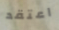
اعتقد